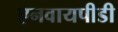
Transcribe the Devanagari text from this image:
एनवायपीडी